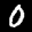
Label: 0